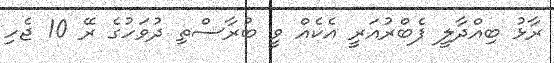
ރާޅު ބިއްދާލީ ފެބްރުއަރީ އެކެއް ވީ ބުރާސްތި ދުވަހުގެ ރޭ 10 ޖެހި